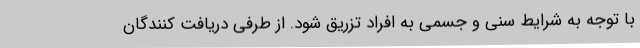
با توجه به شرایط سنی و جسمی به افراد تزریق شود. از طرفی دریافت کنندگان